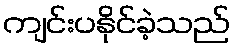
ကျင်းပနိုင်ခဲ့သည်